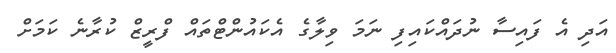
އަދި އެ ފައިސާ ނުދައްކައިފި ނަމަ ވިލާގެ އެކައުންޓްތައް ފްރީޒް ކުރާނެ ކަމަށް